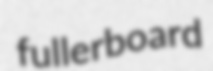
fullerboard